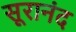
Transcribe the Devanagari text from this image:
सूरानंद